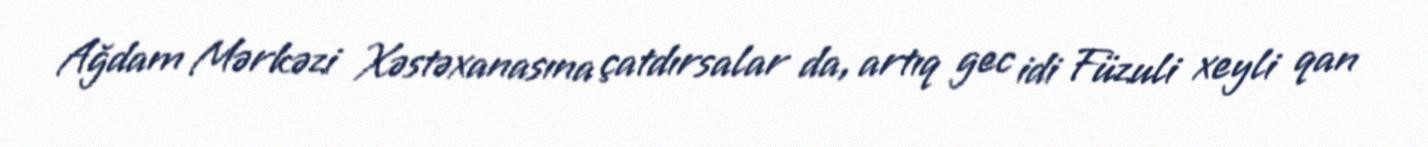
Ağdam Mərkəzi Xəstəxanasına çatdırsalar da, artıq gec idi Füzuli xeyli qan